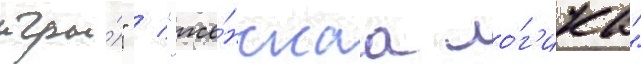
игры́" / "же́нскаа ло́г'ика"